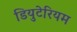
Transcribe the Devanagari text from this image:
डियुटेरियम